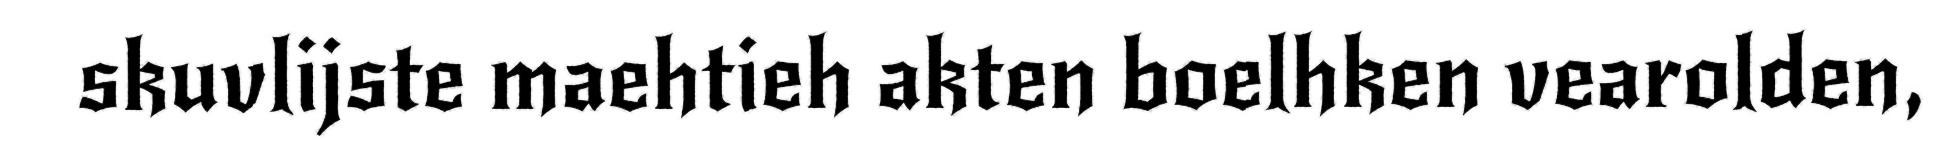
skuvlijste maehtieh akten boelhken vearolden,